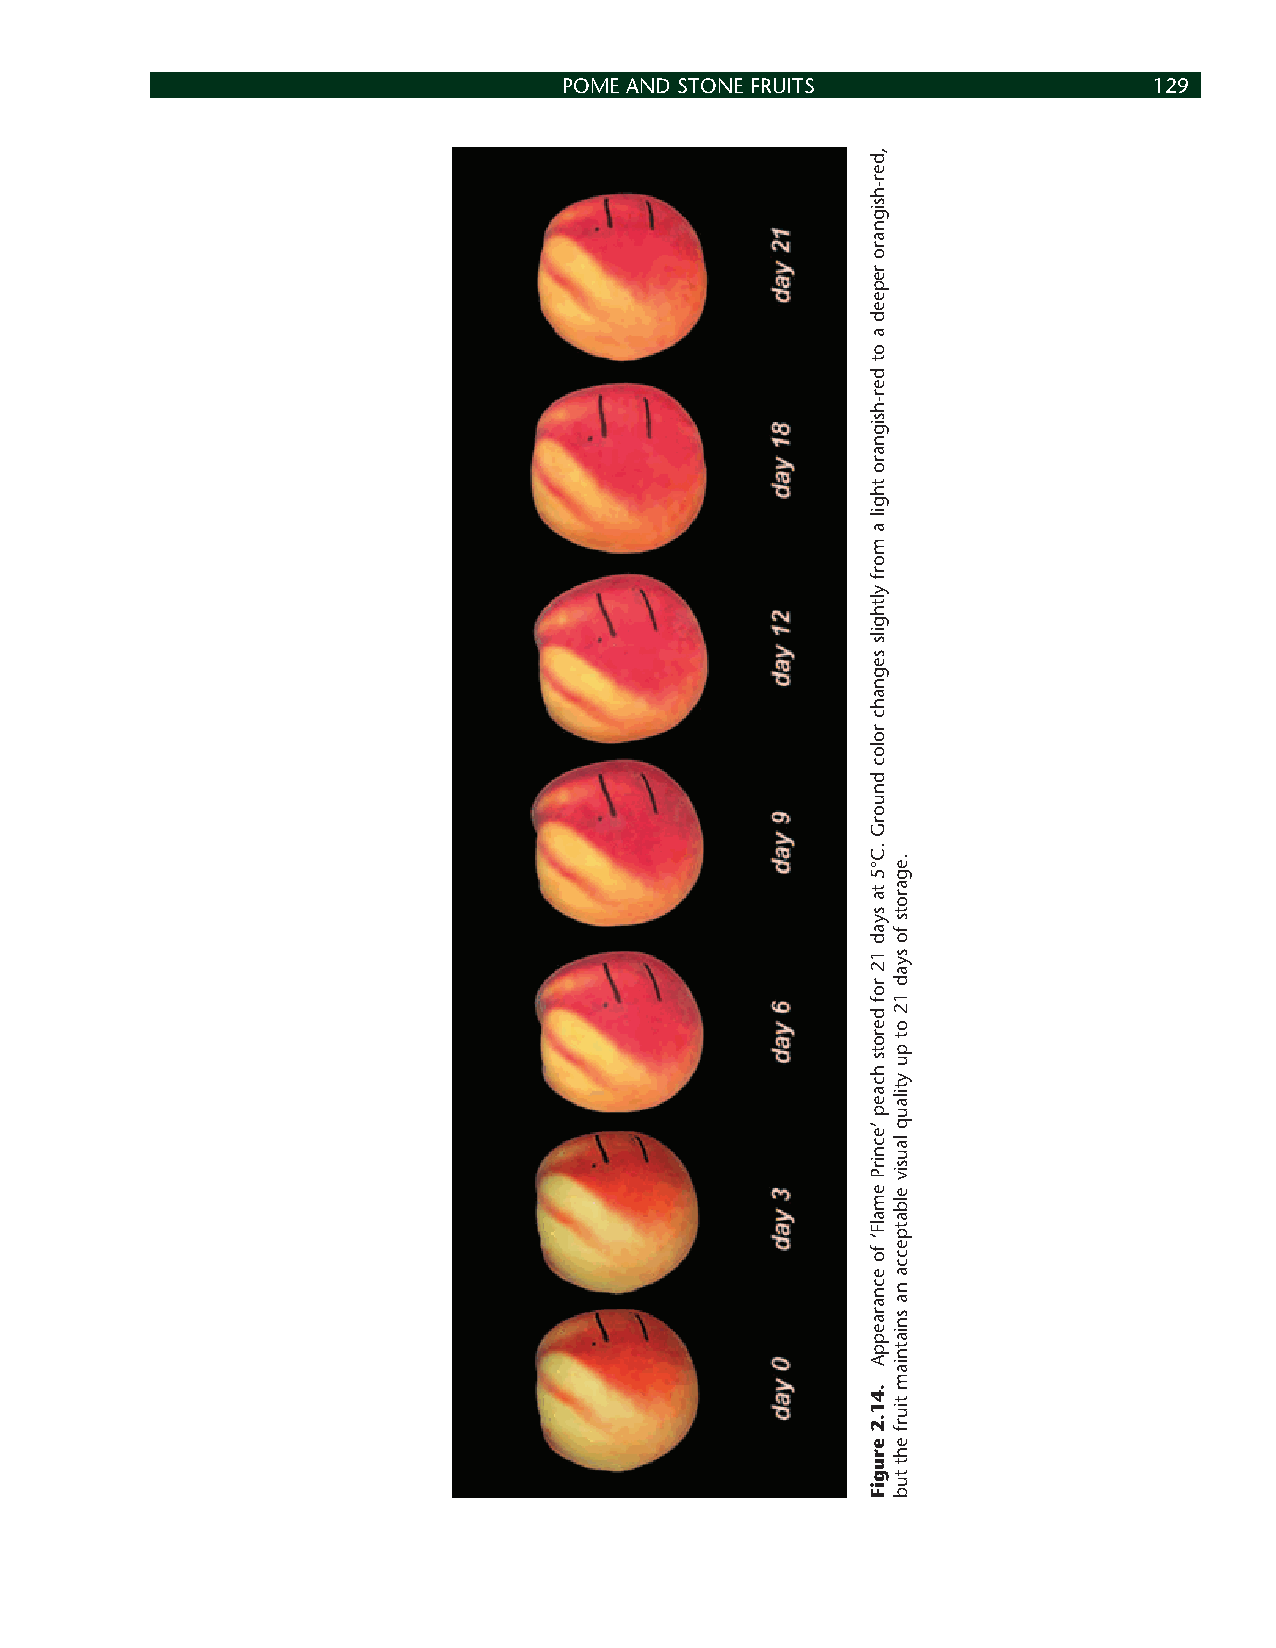
POME AND STONE FRUITS                  129
 ,der-hsignaro
 repeed
 a
 ot
 der-hsignaro
 thgil
 a
 morf
 ylthgils
 segnahc
 roloc
 dnuorG
 .C°5
 ta
 syad
 12
 rof
 derots
 hcaep
 ’ecnirP
 emalF‘
 fo
 ecnaraeppA
 .41.2
 erugiF
 .egarots
 fo
 syad
 12
 ot
 pu
 ytilauq
 lausiv
 elbatpecca
 na
 sniatniam
 tiurf
 eht
 tub